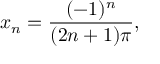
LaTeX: x _ { n } = { \frac { ( - 1 ) ^ { n } } { ( 2 n + 1 ) \pi } } , \quad